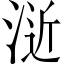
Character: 𣷯